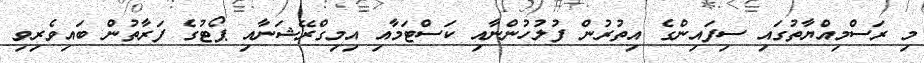
މި ރަސްމިއްޔާތުގައި ސިފައިންގެ އިތުރުން ފުލުހުންނާއި ކަސްޓަމާއި އިމިގްރޭޝަނާއި ޕޯޓުގެ ފަރާތުން ބައިވެރިވި